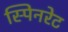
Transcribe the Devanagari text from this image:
स्पिनरेट